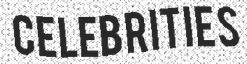
CELEBRITIES